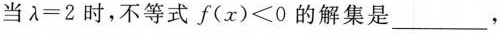
当$$\ g a m m a = 2$$时，不等式f（x）＜0的解集是___，